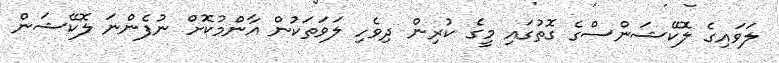
ލަވައިގެ ލޮކޭޝަންސްގެ ގޮތުގައި މީގެ ކުރިން ދިވެހި ލަވަތަކުން އާންމުކޮށް ނުފެންނަ ލޮކޭޝަން